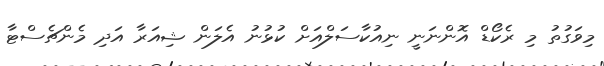
މިވަގުތު މި ރެކޯޑް އޮންނަނީ ނިއުކާސަލްއަށް ކުޅުނު އެލަން ޝިއަރާ އަދި މެންޗެސްޓާ